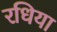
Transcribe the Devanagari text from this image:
रधिया